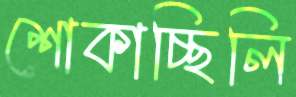
শোকাচ্ছিলি